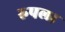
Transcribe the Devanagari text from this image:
रुपला